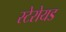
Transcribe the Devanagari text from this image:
स्टेरोयड